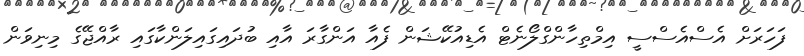
ފަހަރަށް އެސްއެސްސީ އިމްތިހާންގްލޯނެޓް އެޑިއުކޭޝަން ފެއާ އަންގާރަ އާއި ބުދައިގައިލަންކާގައި ރާއްޖޭގެ މިނިވަން